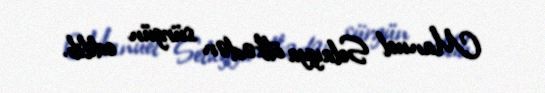
Manuel Selayya ölkədən sürgün edilib.